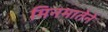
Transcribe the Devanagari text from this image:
मिनमातेने